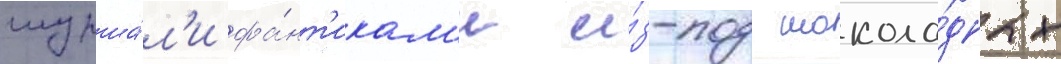
шурша́л'и фа́нт'икам'и и́з-под шокола́дных